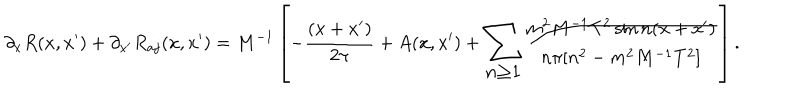
\partial _ { x } R ( x , x ^ { \prime } ) + \partial _ { x ^ { \prime } } R _ { a j } ( x , x ^ { \prime } ) = M ^ { - 1 } \left[ - \frac { ( x + x ^ { \prime } ) } { 2 \pi } + A ( x , x ^ { \prime } ) + { \Large \sum _ { n \geq 1 } } \frac { m ^ { 2 } M ^ { - 1 } T ^ { 2 } \sin n ( x + x ^ { \prime } ) } { n \pi [ n ^ { 2 } - m ^ { 2 } M ^ { - 1 } T ^ { 2 } ] } \right] . \nonumber